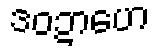
ဒဝဍာဟေ